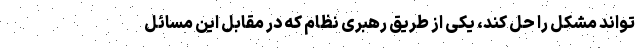
‌تواند مشکل را حل کند، یکی از طریق رهبری نظام که در مقابل این مسائل